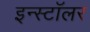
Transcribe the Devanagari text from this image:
इन्स्टॉलर